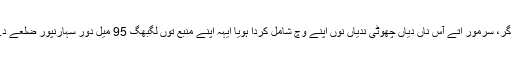
اتھے کئی میل تکّ دکھن لہندے ول وگدا ہویا ، اتے گرِ، سرمور اتے آس ناں دیاں چھوٹی ندیاں نوں اپنے وچ شامل کردا ہویا ایہہ اپنے منبع توں لگبھگّ 95 میل دور سہارنپور ضلعے دے فیض آباد پنڈ دے نیڑے میدان علاقے چ آوندا اے۔